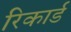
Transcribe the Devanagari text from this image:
रिकार्ड